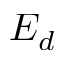
E _ { d }